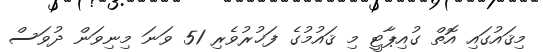
މިޤައުގައި އޮތް ގުއިޕާޓީ މި ޤައުމުގެ ފަޚުރުވެރި 51 ވަނަ މިނިވަން ދުވަސް